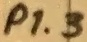
Text: P1.3